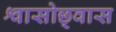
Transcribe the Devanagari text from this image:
श्वासोछ्वास